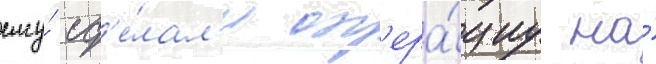
ему́ сд'е́лал'и оп'ера́циу на́